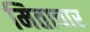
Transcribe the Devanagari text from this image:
मिताचार